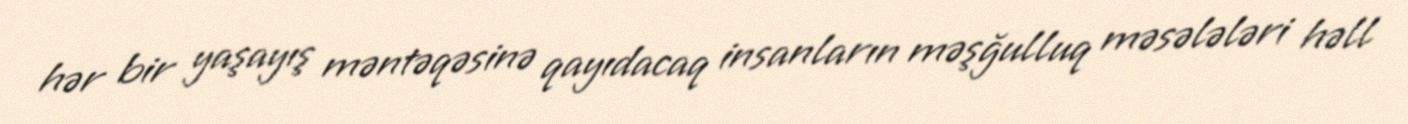
hər bir yaşayış məntəqəsinə qayıdacaq insanların məşğulluq məsələləri həll